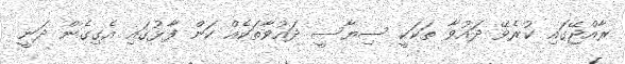
ރާއްޖޭގައި ކުރެވޭ ދައުވާ ތަކަކީ ސިޔާސީ ދައުވާތަކެއް ކަން ފާޅުގައި އެގިގެން ދަނީ